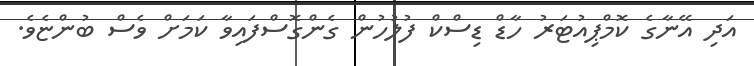
އަދި އޭނާގެ ކޮމްޕިއުޓަރު ހާޑް ޑިސްކް ފުލުހުން ގެންގޮސްފައިވާ ކަމަށް ވެސް ބުންޏެވެ.